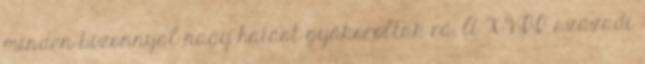
minden bizonnyal nagy hatást gyakoroltak rá. A XVII. századi